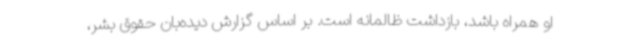
او همراه باشد، بازداشت ظالمانه است. بر اساس گزارش دیده‌بان حقوق بشر،